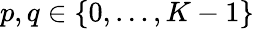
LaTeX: p,q\in\{ 0,\ldots,K-1\}